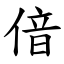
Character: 偣